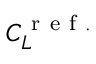
C _ { L } ^ { \mathrm { ~ r ~ e ~ f ~ . ~ } }